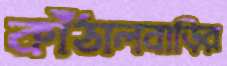
কাঁঠালবাড়ির